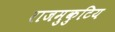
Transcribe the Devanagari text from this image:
राजमुकुटिय